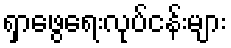
ရှာဖွေရေးလုပ်ငန်းများ